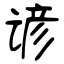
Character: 谚